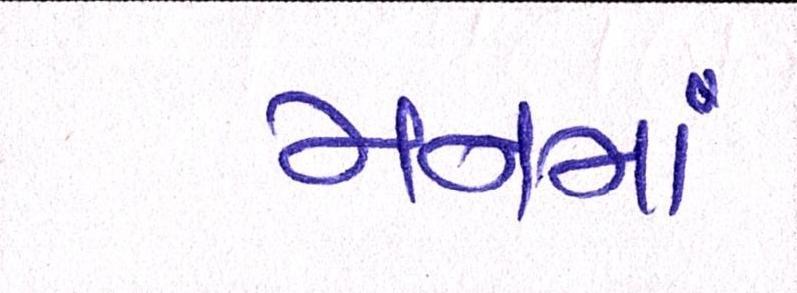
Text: મનમાં